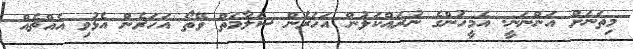
މިތަނަށް އަންނަނީ. އެމީހުންގެ ނުރައްކަލުން އަހަރެން ސަލާމަތް ވޭތޯ އަހަރެން އެޅުވި އެއްޗެއް